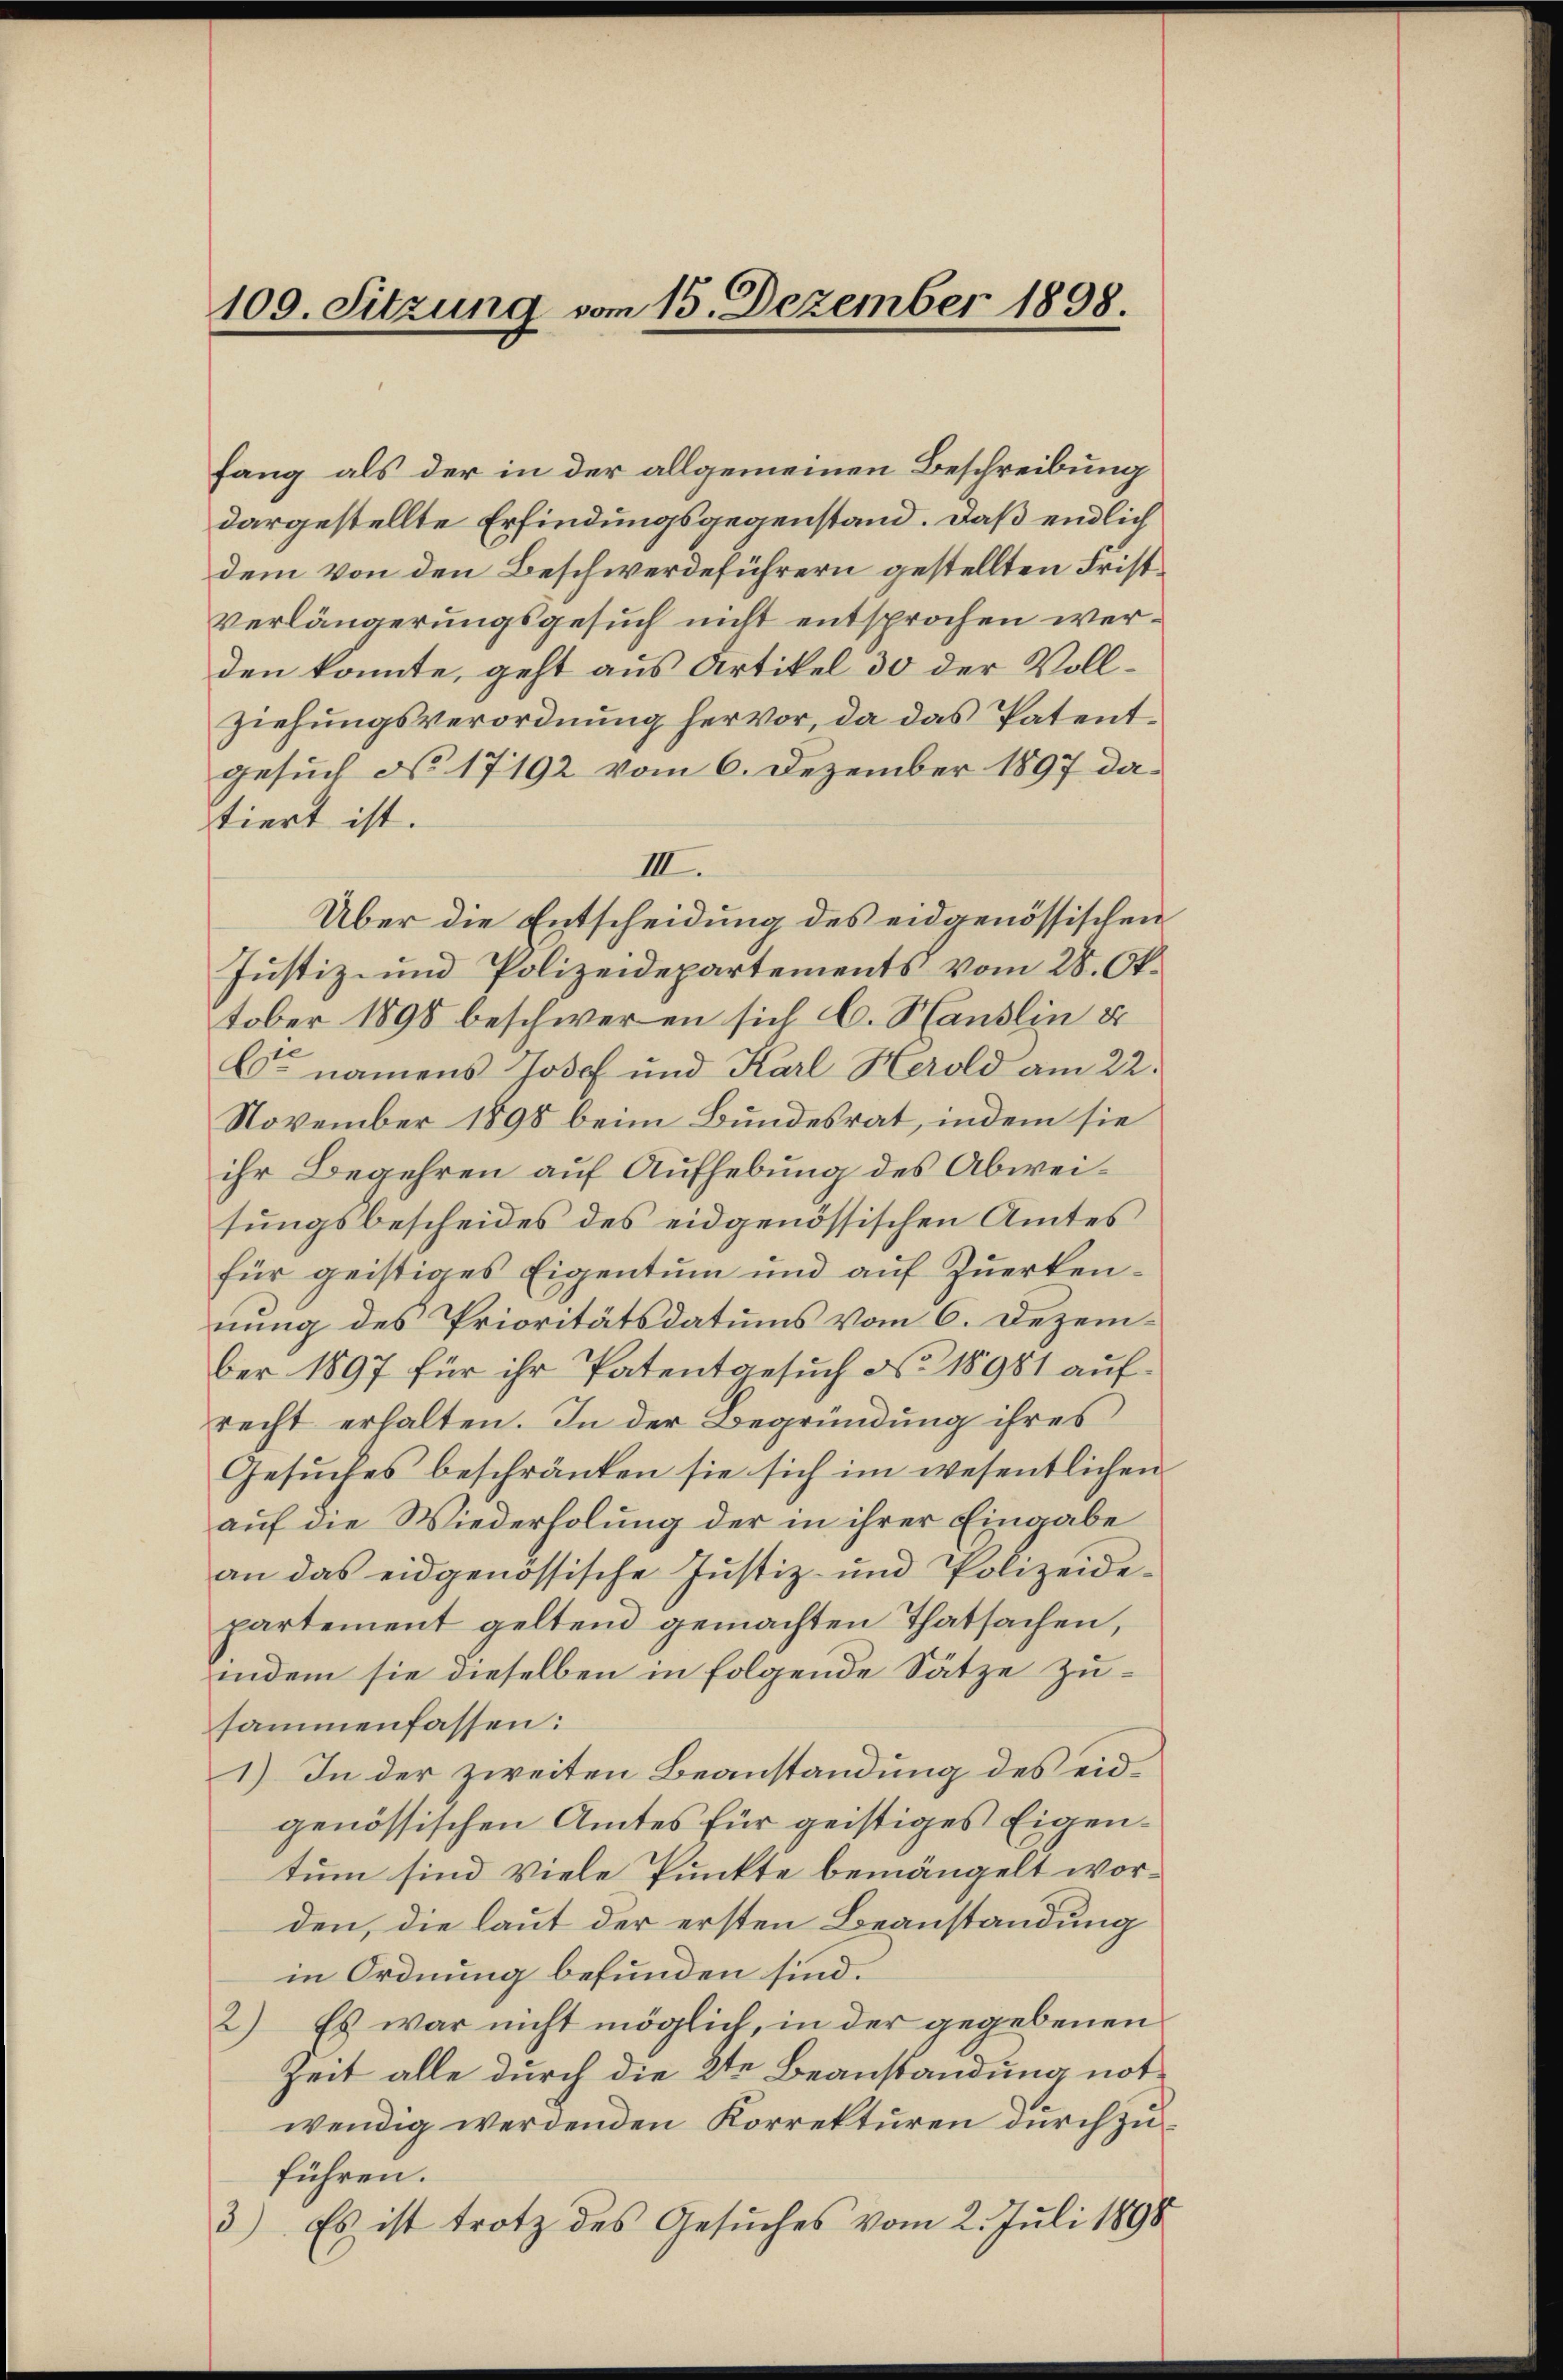
100. Sitzung vom 15. Dezember 1898.

fang als der in der allgemeinen Beschreibung
dargestellte Erfindungsgegenstand. Daß endlich
dem von den Beschwerdeführern gestellten Fristverlängerungsgesuch nicht entsprochen werden konnte, geht aus Artikel 30 der Vollziehungsverordnung hervor, da das Patentgesuch No 17192 vom 6. Dezember 1897 datiert ist.
III.
Über die Entscheidung des eidgenössischen
Justiz- und Polizeidepartements vom 28. Oktober 1898 beschweren sich C. Hanslin u
Es namens Josef und Karl Herold am 22.
November 1898 beim Bundesrat, indem sie
ihr Begehren auf Aufhebung des Abweisungsbescheides des eidgenössischen Amtes
für geistiges Eigentum und auf Zuerkennung des Prioritätsdatums vom 6. Dezember 1897 für ihr Patentgesuch No. 18981 aufrecht erhalten. In der Begründung ihres
Gesuches beschränken sie sich im wesentlichen
auf die Wiederholung der in ihrer Eingabe
an das eidgenössische Justiz- und Polizeidepartement geltend gemachten Thatsachen,
indem sie dieselben in folgende Sätze zusammenfassen:
1) In der zweiten Beanstandung des eidgenössischen Amtes für geistiges Eigentum sind viele Punkte bemängelt worden, die laut der ersten Beanstandung
in Ordnung befunden sind.
2) Es war nicht möglich, in der gegebenen
Zeit alle durch die 2te Beanstandung notwendig werdenden Korrekturen durchzuführen.
3). Es ist trotz des Gesŭches vom 2. Juli 1890